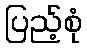
ပြည့်စုံ